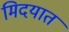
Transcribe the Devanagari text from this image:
मिदयात